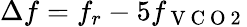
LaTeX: \Delta f=f_{r}-5f_{\mathrm{~V~C~O~2~}}